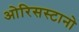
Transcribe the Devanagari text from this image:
ओरिसस्टानो